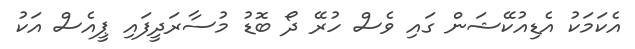
އެކަމަކު އެޑިއުކޭޝަން ގައި ވެސް ހުރޭ ދޯ ބޮޑު މުސާރަދީފައި ޕީއެސް އަކު